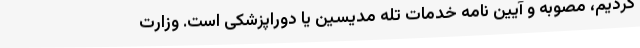
کردیم، مصوبه و آیین نامه خدمات تله مدیسین یا دوراپزشکی است. وزارت